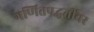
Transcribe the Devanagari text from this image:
गणितपद्धतींवर